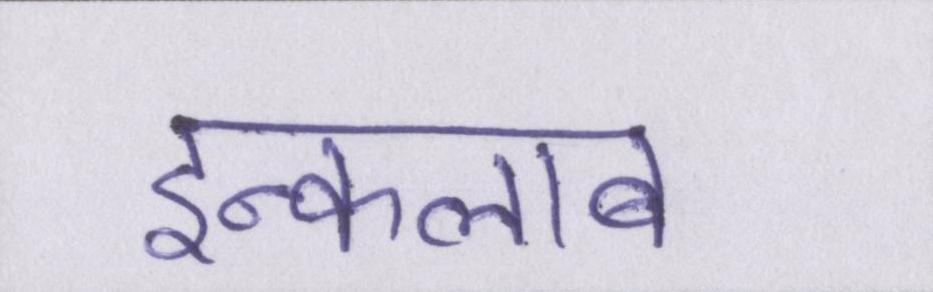
इन्कलाब